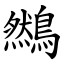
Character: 䳿